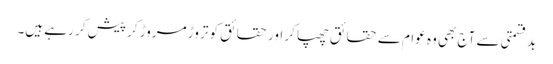
بدقسمتی سے آج بھی وہ عوام سے حقائق چھپا کر اور حقائق کو تروڑ مروڑ کر پیش کر رہے ہیں۔